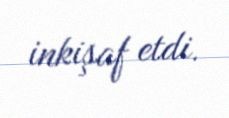
inkişaf etdi.